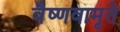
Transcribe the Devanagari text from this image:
वैष्णवामृते